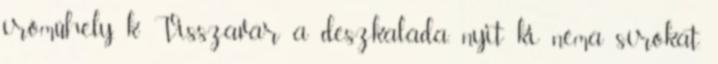
íróműhely, k Visszavár a deszkaláda. nyit ki néma sírokat.